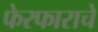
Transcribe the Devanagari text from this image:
फेरफाराचे